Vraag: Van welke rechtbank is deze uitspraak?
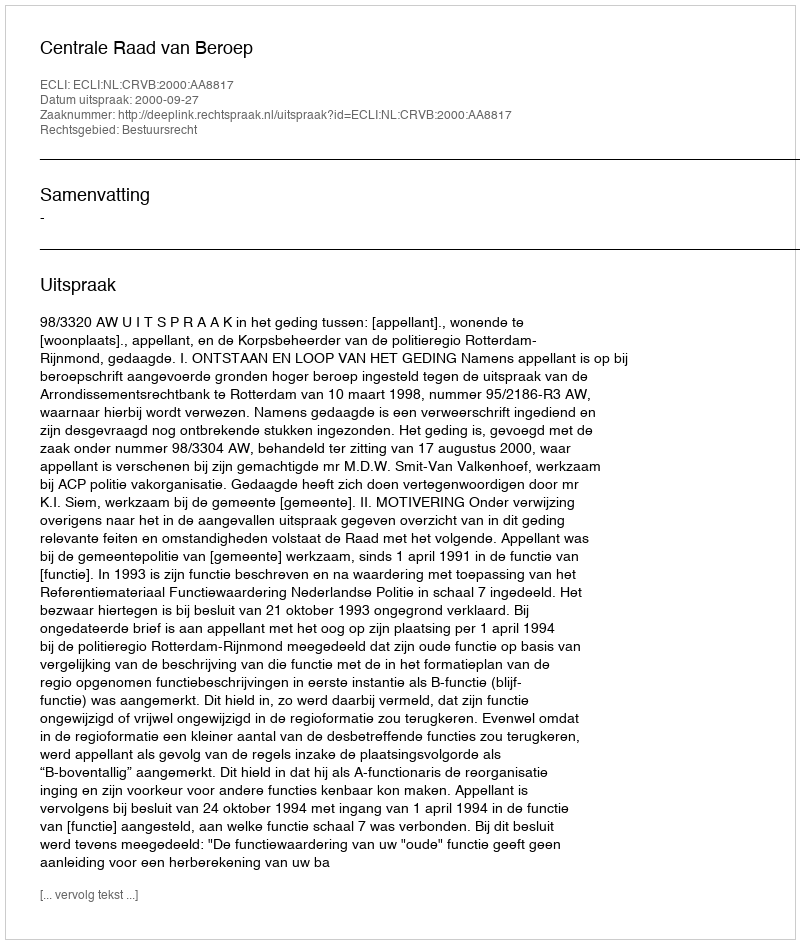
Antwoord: Centrale Raad van Beroep